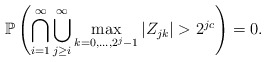
\begin{align*}\mathbb{P}\left( \bigcap_{i=1}^{\infty} \bigcup_{j\geq i}^{\infty} \max_{ k=0,...,2^{j}-1 } |Z_{jk}| > 2^{jc}\right)=0.\end{align*}